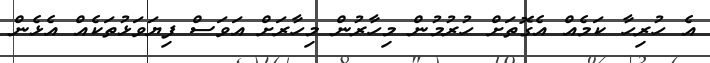
އެ ހުރިހާ ކަމެއް އެގޮތަށް ހުރުމުން މިހާރުން މިހާރަށް އަވަސް ފިޔަވަޅުތަކެއް އެޅެން